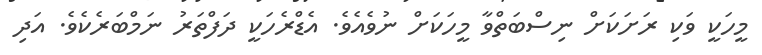
މީހަކީ ވަކި ރަށަކަށް ނިސްބަތްވާ މީހަކަށް ނުވެއެވެ. އެޑްރެހަކީ ދަފްތަރު ނަމްބަރެކެވެ. އަދި